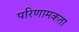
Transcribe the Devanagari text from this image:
परिणामकता